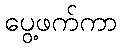
ပွေ့ဖက်ကာ